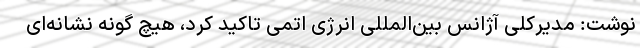
نوشت: مدیرکلی آژانس بین‌المللی انرژی اتمی تاکید کرد، هیچ گونه نشانه‌ای